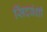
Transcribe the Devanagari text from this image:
सिंदवंशी